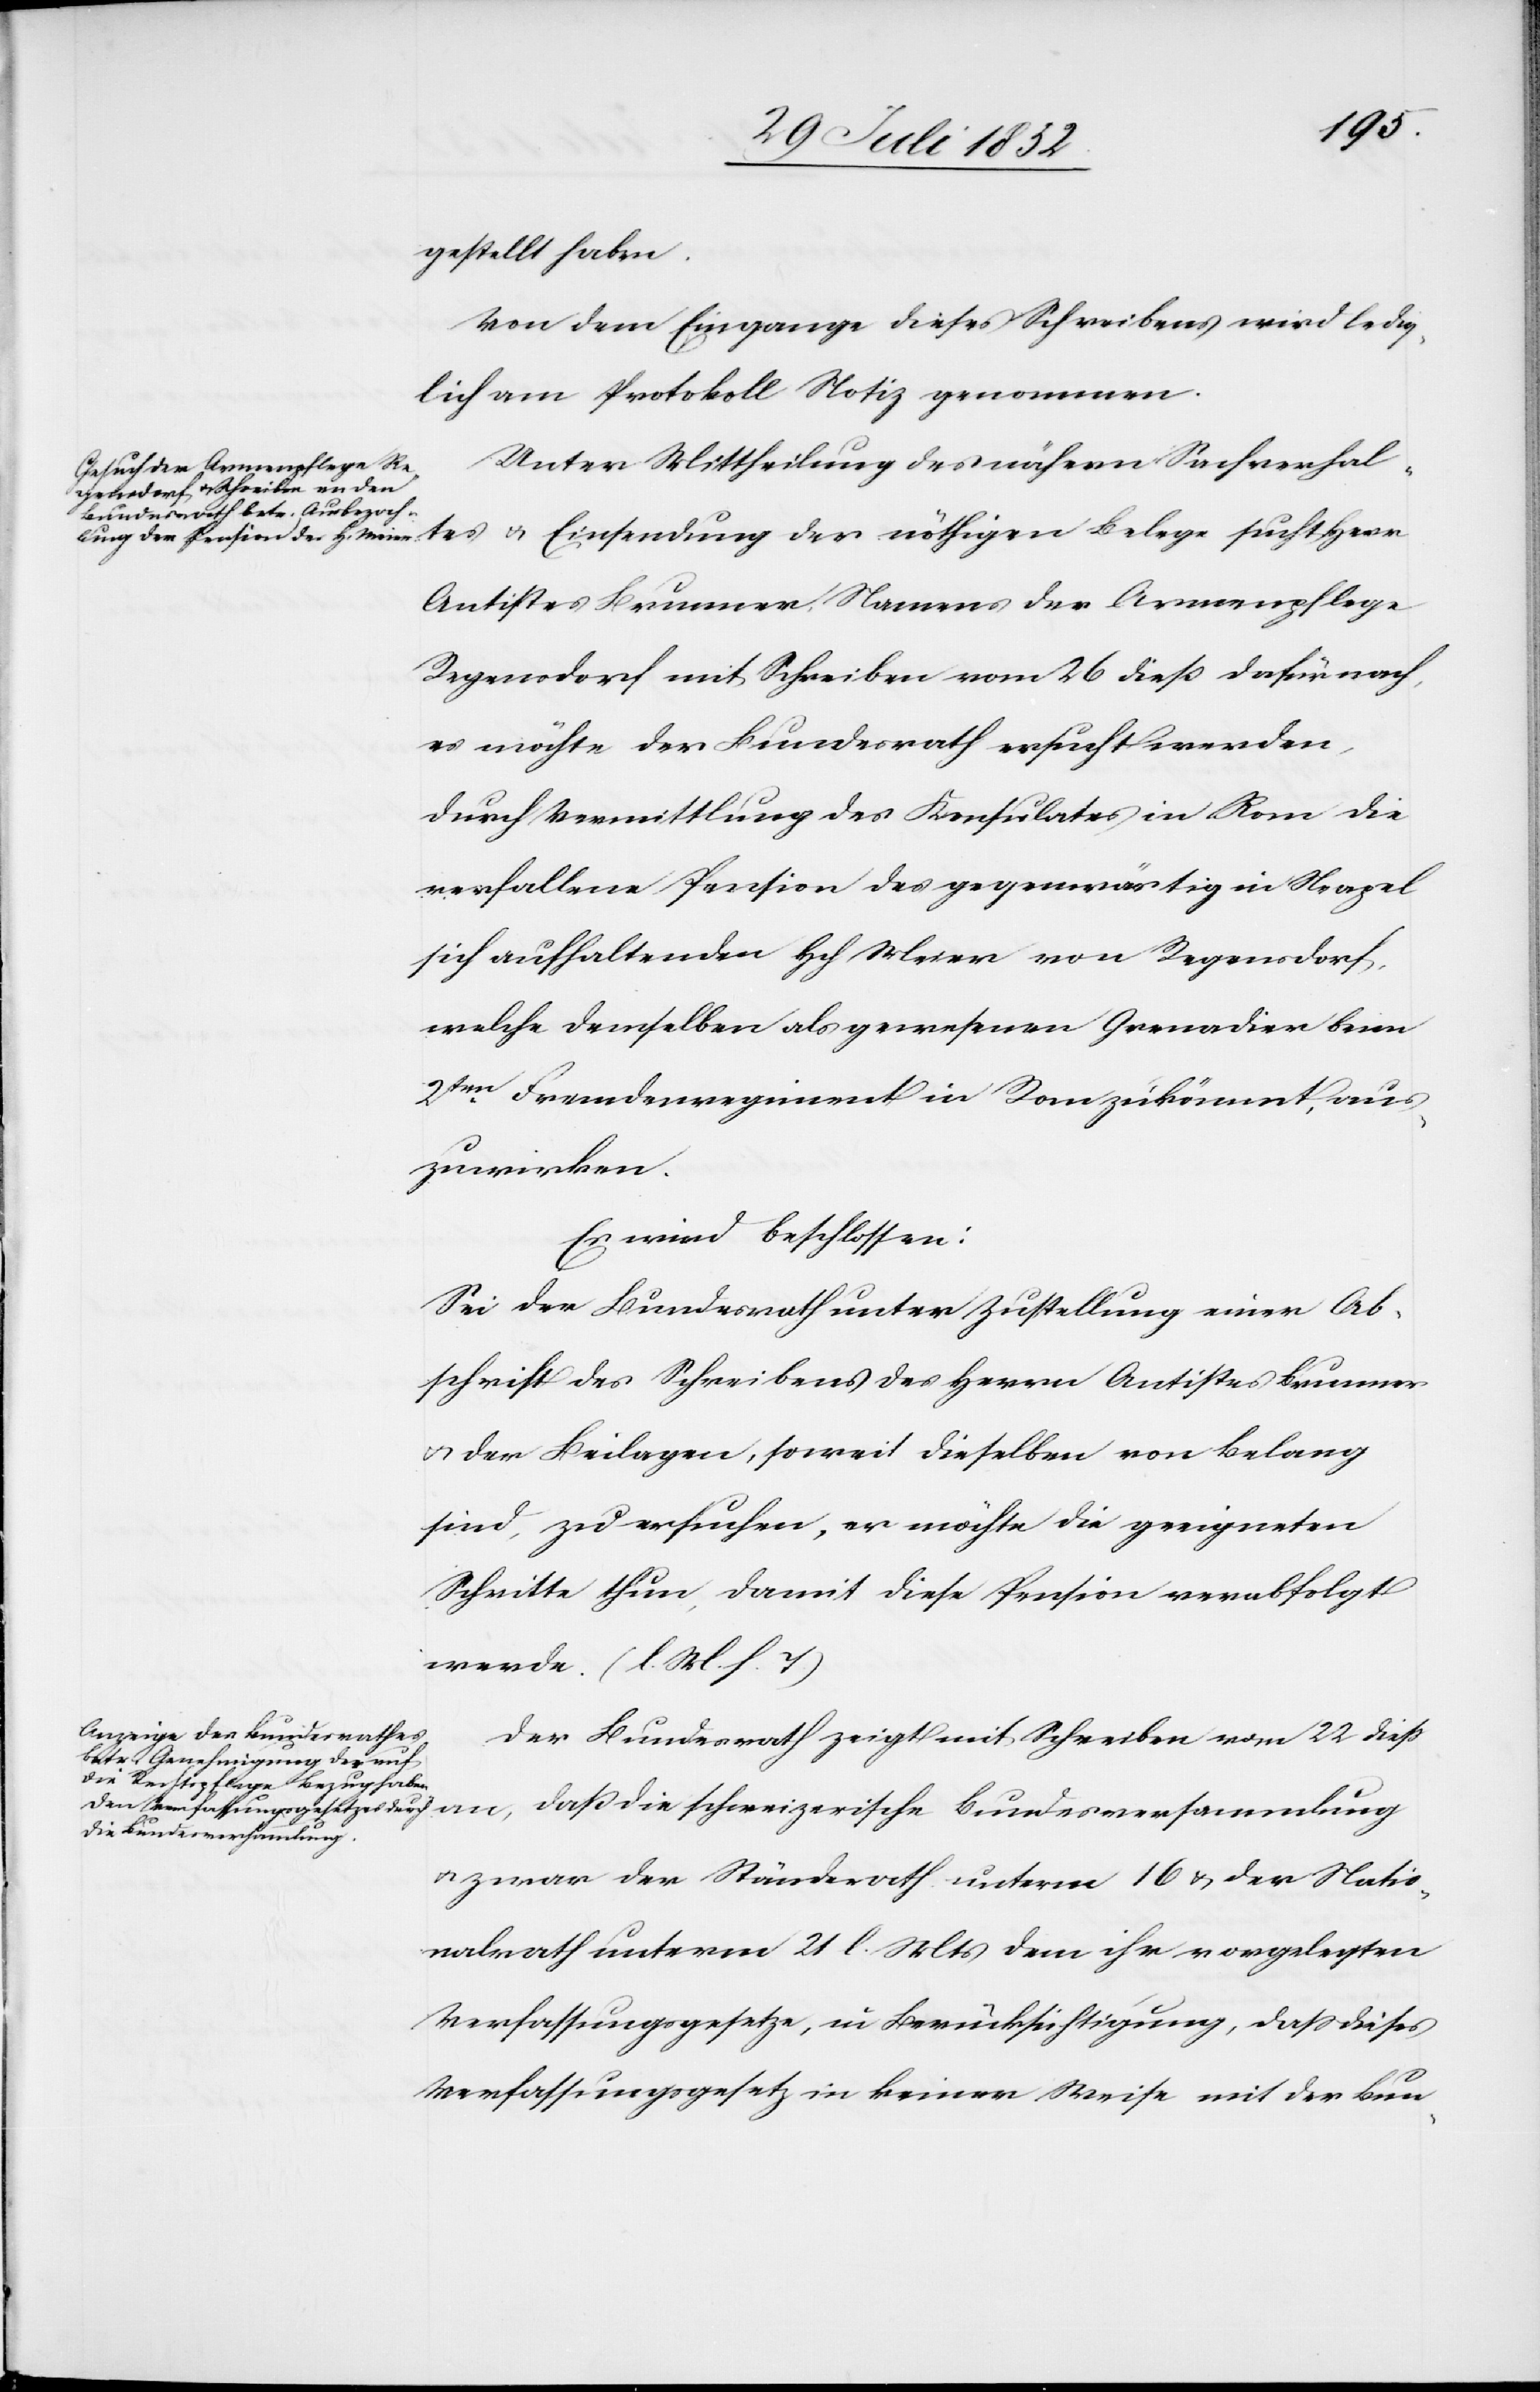
gestellt haben.
Von dem Eingange dieses Schreibens wird ledig¬
lich am Protokoll Notiz genommen.
Unter Mittheilung des nähern Sachverhal¬
Antistes Brunner, Namens der Armenpflege
Regensdorf mit Schreiben vom 26 dieß dafür nach,
es möchte der Bundesrath ersucht werden,
durch Vermittlung des Konsulates in Rom die
verfallene Pension des gegenwärtig in Neapel
sich aufhaltenden Hch Meier von Regensdorf,
welche demselben als gewesenen Grenadier beim
2ten Fremdenregiment in Rom zukömmt, aus¬
zuwirken.
Es wird beschlossen:
Sei der Bundesrath unter Zustellung einer Ab¬
schrift des Schreibens des Herrn Antistes Brunner
& der Beilagen, soweit dieselben von Belang
sind, zu ersuchen, er möchte die geeigneten
zerisc¬
Schritte thun, damit diese Pension verabfolgt
werde. (l. M. h. T)
Der Bundesrath zeigt mit Schreiben vom 22 diess
he Bundesversammlung
& zwar der Ständerath unterm 16 & der Natio¬
nalrath unterm 21 l. Mts dem ihr vorgelegten
Verfassungsgesetze, in Berücksichtigung, dass dieses
Verfassungsgesetz in keiner Weise mit der Bun-